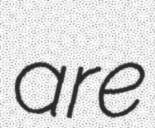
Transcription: are